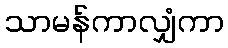
သာမန်ကာလျှံကာ